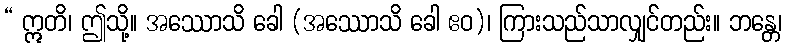
“ ဣတိ၊ ဤသို့။ အဿောသိ ခေါ (အဿောသိ ခေါ ဧဝ)၊ ကြားသည်သာလျှင်တည်း။ ဘန္တေ၊